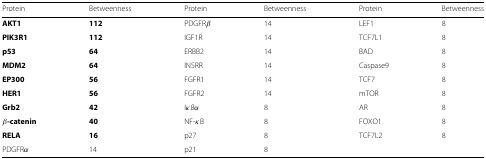
| Protein | Betweenness | Protein | Betweenness | Protein | Betweenness |
 | --- | --- | --- | --- | --- | --- |
 | AKT1 | 112 | PDGFR β | 14 | LEF1 | 8 |
 | PIK3R1 | 112 | IGF1R | 14 | TCF7L1 | 8 |
 | p53 | 64 | ERBB2 | 14 | BAD | 8 |
 | MDM2 | 64 | INSRR | 14 | Caspase9 | 8 |
 | EP300 | 56 | FGFR1 | 14 | TCF7 | 8 |
 | HER1 | 56 | FGFR2 | 14 | mTOR | 8 |
 | Grb2 | 42 | I κBα | 8 | AR | 8 |
 | β-catenin | 40 | NF- κB | 8 | FOXO1 | 8 |
 | RELA | 16 | p27 | 8 | TCF7L2 | 8 |
 | PDGFR α | 14 | p21 | 8 |  |  |